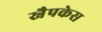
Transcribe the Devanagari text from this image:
स्नैपकेस